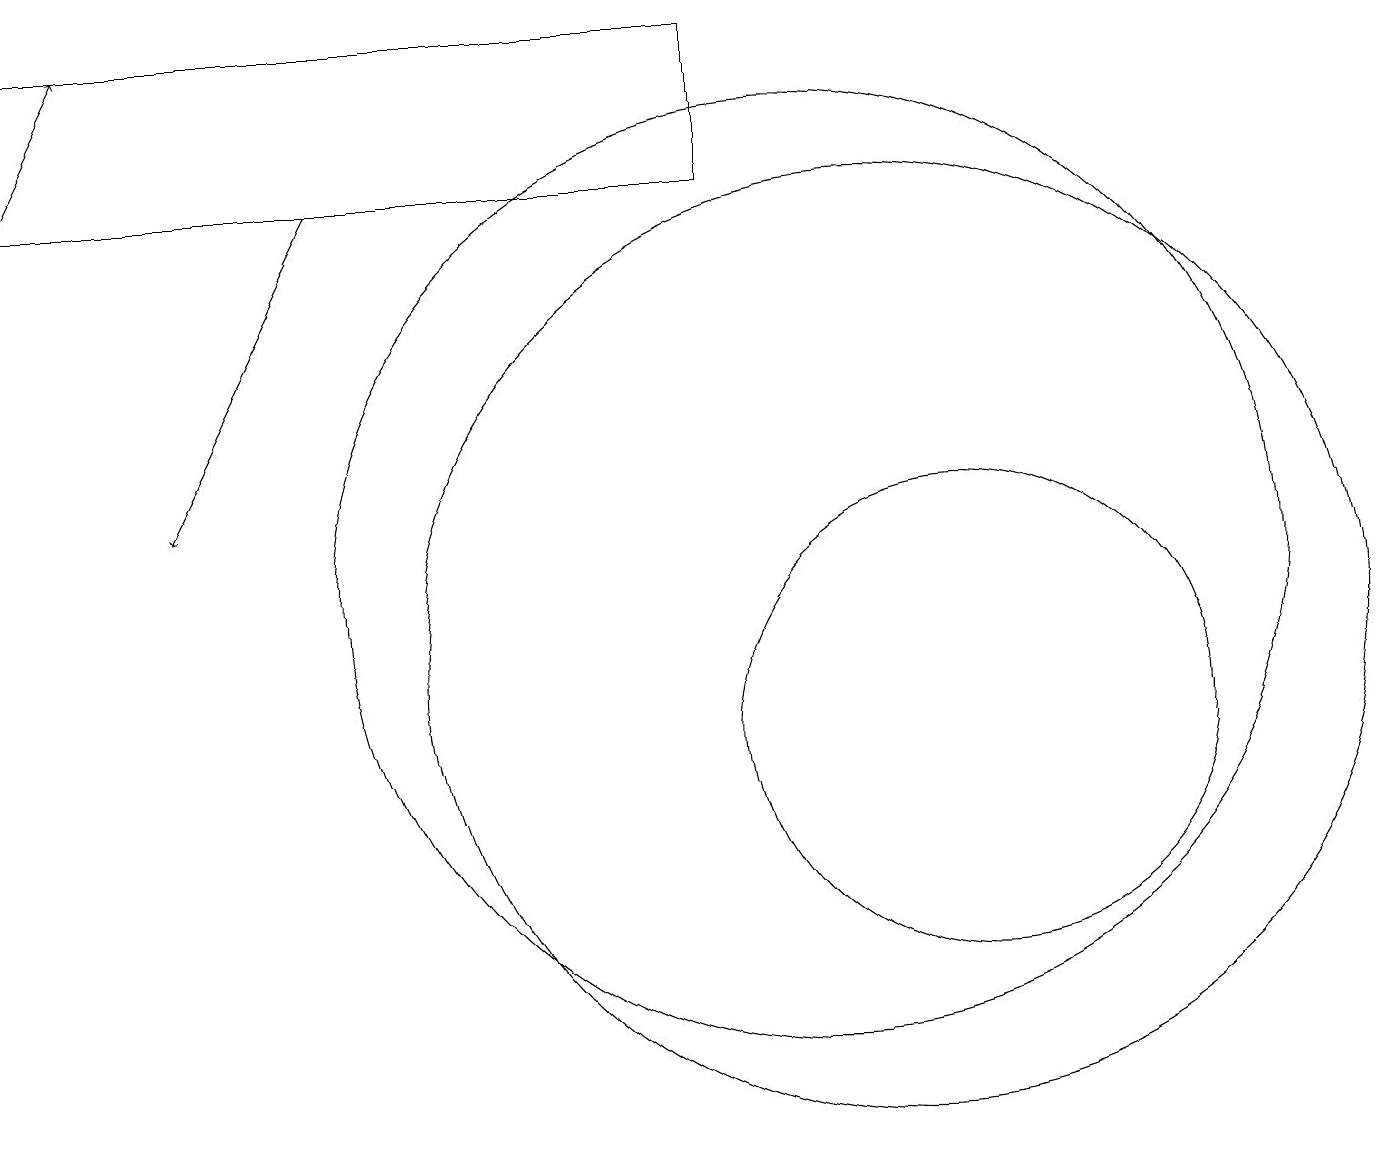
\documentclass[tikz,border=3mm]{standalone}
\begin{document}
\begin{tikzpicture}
\draw[->] (4,17) -- (2,13);
\draw (12,10) circle (3);
\draw (10,12) circle (6);
\draw (9,17) rectangle (0,19);
\draw[->] (0,17) -- (1,19);
\draw (11,11) circle (6);
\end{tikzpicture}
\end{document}